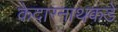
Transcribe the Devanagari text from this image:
केदारनाथकडे